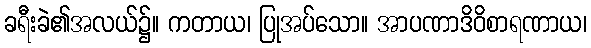
ခရီးခဲ၏အလယ်၌။ ကတာယ၊ ပြုအပ်သော။ အာပဏာဒိဝိစာရဏာယ၊